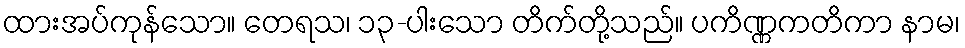
ထားအပ်ကုန်သော။ တေရသ၊ ၁၃-ပါးသော တိက်တို့သည်။ ပကိဏ္ဏကတိကာ နာမ၊